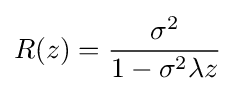
R(z)={\frac {\sigma ^{2}}{1-\sigma ^{2}\lambda z}}